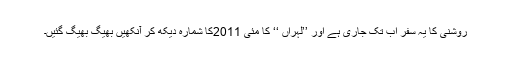
روشنی کا یہ سفر اب تک جاری ہے اور ’’لہراں ‘‘ کا مئی 2011کا شمارہ دیکھ کر آنکھیں بھیگ بھیگ گئیں۔